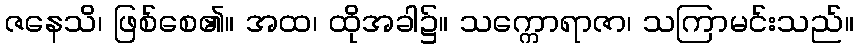
ဇနေသိ၊ ဖြစ်စေ၏။ အထ၊ ထိုအခါ၌။ သက္ကောရာဇာ၊ သကြာမင်းသည်။